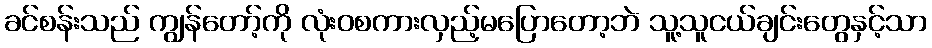
ခင်စန်းသည် ကျွန်တော့်ကို လုံးဝစကားလှည့်မပြောတော့ဘဲ သူ့သူငယ်ချင်းတွေနှင့်သာ